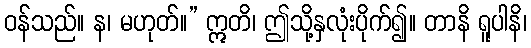
ဝန်သည်။ န၊ မဟုတ်။” ဣတိ၊ ဤသို့နှလုံးပိုက်၍။ တာနိ ရူပါနိ၊